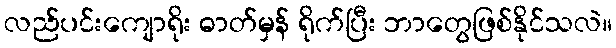
လည်ပင်းကျောရိုး ဓာတ်မှန် ရိုက်ပြီး ဘာတွေဖြစ်နိုင်သလဲ။